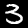
Label: 3